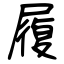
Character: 履